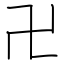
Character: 卍